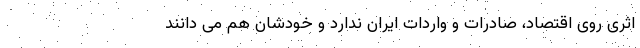
اثری روی اقتصاد، صادرات و واردات ایران ندارد و خودشان هم می دانند